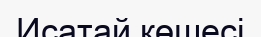
Исатай көшесі